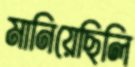
মানিয়েছিলি